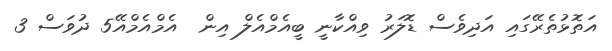
އަތޮޅުތެރޭގައި އަދިވެސް ޑޮލަރު ވިއްކާނީ ބީއެމްއެލް އިން  އެމްއެމްއޭ5 ދުވަސް 3